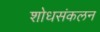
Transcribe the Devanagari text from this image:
शोधसंकलन